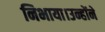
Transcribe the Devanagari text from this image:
निभाया।उन्होंने